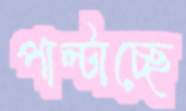
পাল্‌টাচ্ছে